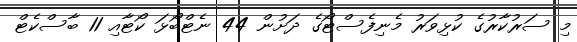
މި ސަރުކާރުގެ ކުޅިވަރު މެނިފެސްޓޯގެ ދަށުން 44 ނެޓްބޯޅަ ކޯޓާއި 11 ބާސްކެޓް